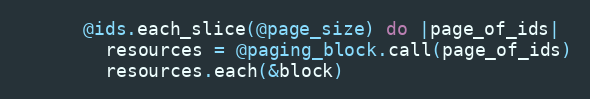
Language: Ruby
      @ids.each_slice(@page_size) do |page_of_ids|
        resources = @paging_block.call(page_of_ids)
        resources.each(&block)